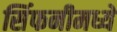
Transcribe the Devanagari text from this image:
सिंफनीमध्ये